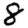
Digit: 8